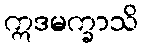
ဣဒမက္ခာသိ